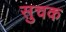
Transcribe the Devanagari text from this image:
सुचक